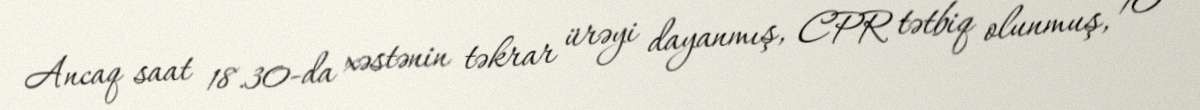
Ancaq saat 18.30-da xəstənin təkrar ürəyi dayanmış, CPR tətbiq olunmuş, 10